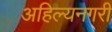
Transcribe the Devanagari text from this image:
अहिल्यनगरी